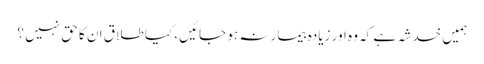
ہمیں خدشہ ہے کہ وہ اور زیادہ بیمار نہ ہو جائیں، کیا طلاق ان کا حق نہیں ؟